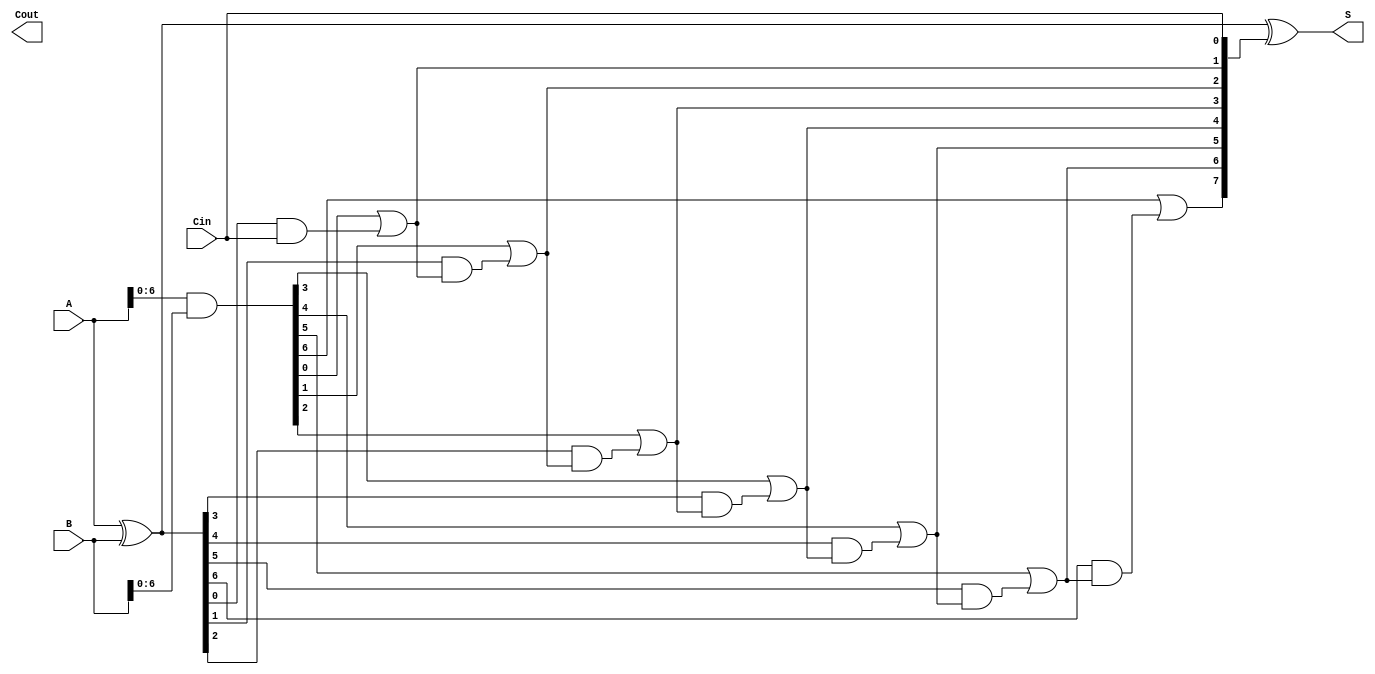
module brent_kung_adder #(parameter N = 8) (
    input  wire [N-1:0] A,      // First n-bit input
    input  wire [N-1:0] B,      // Second n-bit input
    input  wire Cin,             // Carry-in
    output wire [N-1:0] S,       // n-bit sum output
    output wire Cout             // Carry-out
);

    // Generate and propagate signals
    wire [N-1:0] G; // Generate signals
    wire [N-1:0] P; // Propagate signals
    wire [N:0] C;   // Carry signals

    // Generate and propagate calculations
    assign G = A & B;          // Generate
    assign P = A ^ B;          // Propagate
    assign C[0] = Cin;         // Initial carry-in

    // Prefix computation (Brent-Kung tree)
    genvar i, j;
    generate
        // Level 1
        for (i = 1; i < N; i = i + 1) begin : level1
            assign C[i] = G[i-1] | (P[i-1] & C[i-1]);
        end

        // Additional levels can be added here for larger N
        // For simplicity, we will only implement a single level
        // In practice, you would implement a full tree structure
    endgenerate

    // Sum computation
    assign S = P ^ C[N-1:0]; // Sum bits
    assign Cout = C[N];      // Final carry-out

endmodule